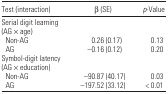
| Test (interaction) | β(SE) | p-Value |
 | --- | --- | --- |
 | <COLSPAN=3> Serial digit learning (AG × age) |
 | Non-AG | 0.26 (0.17) | 0.13 |
 | AG | −0.16 (0.12) | 0.20 |
 | <COLSPAN=3> Symbol-digit latency (AG × education) |
 | Non-AG | −90.87 (40.17) | 0.03 |
 | AG | −197.52 (33.12) | < 0.01 |